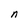
Character: n